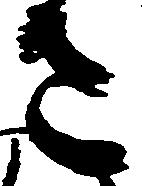
さ